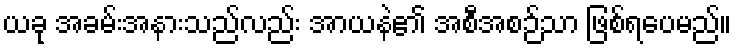
ယခု အခမ်းအနားသည်လည်း အာယနဲ၏ အစီအစဉ်သာ ဖြစ်ရပေမည်။